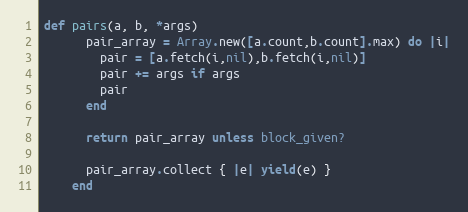
Language: Ruby
def pairs(a, b, *args)
      pair_array = Array.new([a.count,b.count].max) do |i|
        pair = [a.fetch(i,nil),b.fetch(i,nil)]
        pair += args if args
        pair
      end

      return pair_array unless block_given?

      pair_array.collect { |e| yield(e) }
    end